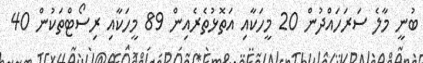
ބުނީ މާލެ ސަރަހައްދުން 20 މީހަކާއި އަތޮޅުތެރެއިން 89 މީހަކާއި ރިސޯޓްތަކުން 40